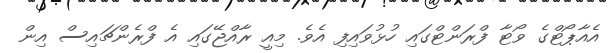
އެއާޕޯޓްގެ ވޯޓާ ފްރަންޓްގައި ހުޅުވައިފި އެވެ. މިއީ ރާއްޖޭގައި އެ ފްރެންޗައިސް އިން